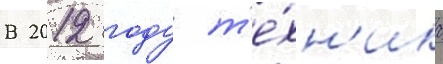
В 2012 году т'е́хн'ика